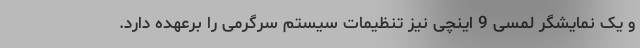
و یک نمایشگر لمسی 9 اینچی نیز تنظیمات سیستم سرگرمی را برعهده دارد.